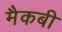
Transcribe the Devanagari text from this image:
मैकबी